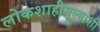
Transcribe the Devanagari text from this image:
लोकशाहीमूल्यांशी